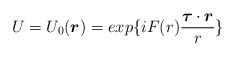
LaTeX: \begin{align*}U=U_0(\mbox{\boldmath$r$})= exp\{ {i F(r) \frac{\mbox{\boldmath$\tau$}\cdot \mbox{\boldmath$r$}}{r}}\} \end{align*}